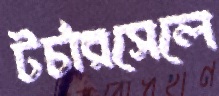
টর্চারসেলে